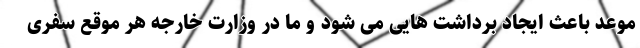
موعد باعث ایجاد برداشت هایی می شود و ما در وزارت خارجه هر موقع سفری